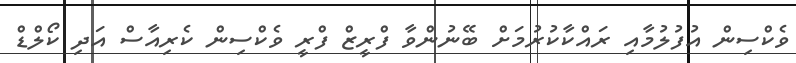
ވެކްސިން އުފުލުމާއި ރައްކާކުރުމަށް ބޭނުންވާ ފްރީޒް ފްރީ ވެކްސިން ކެރިއާސް އަދި ކޯލްޑް